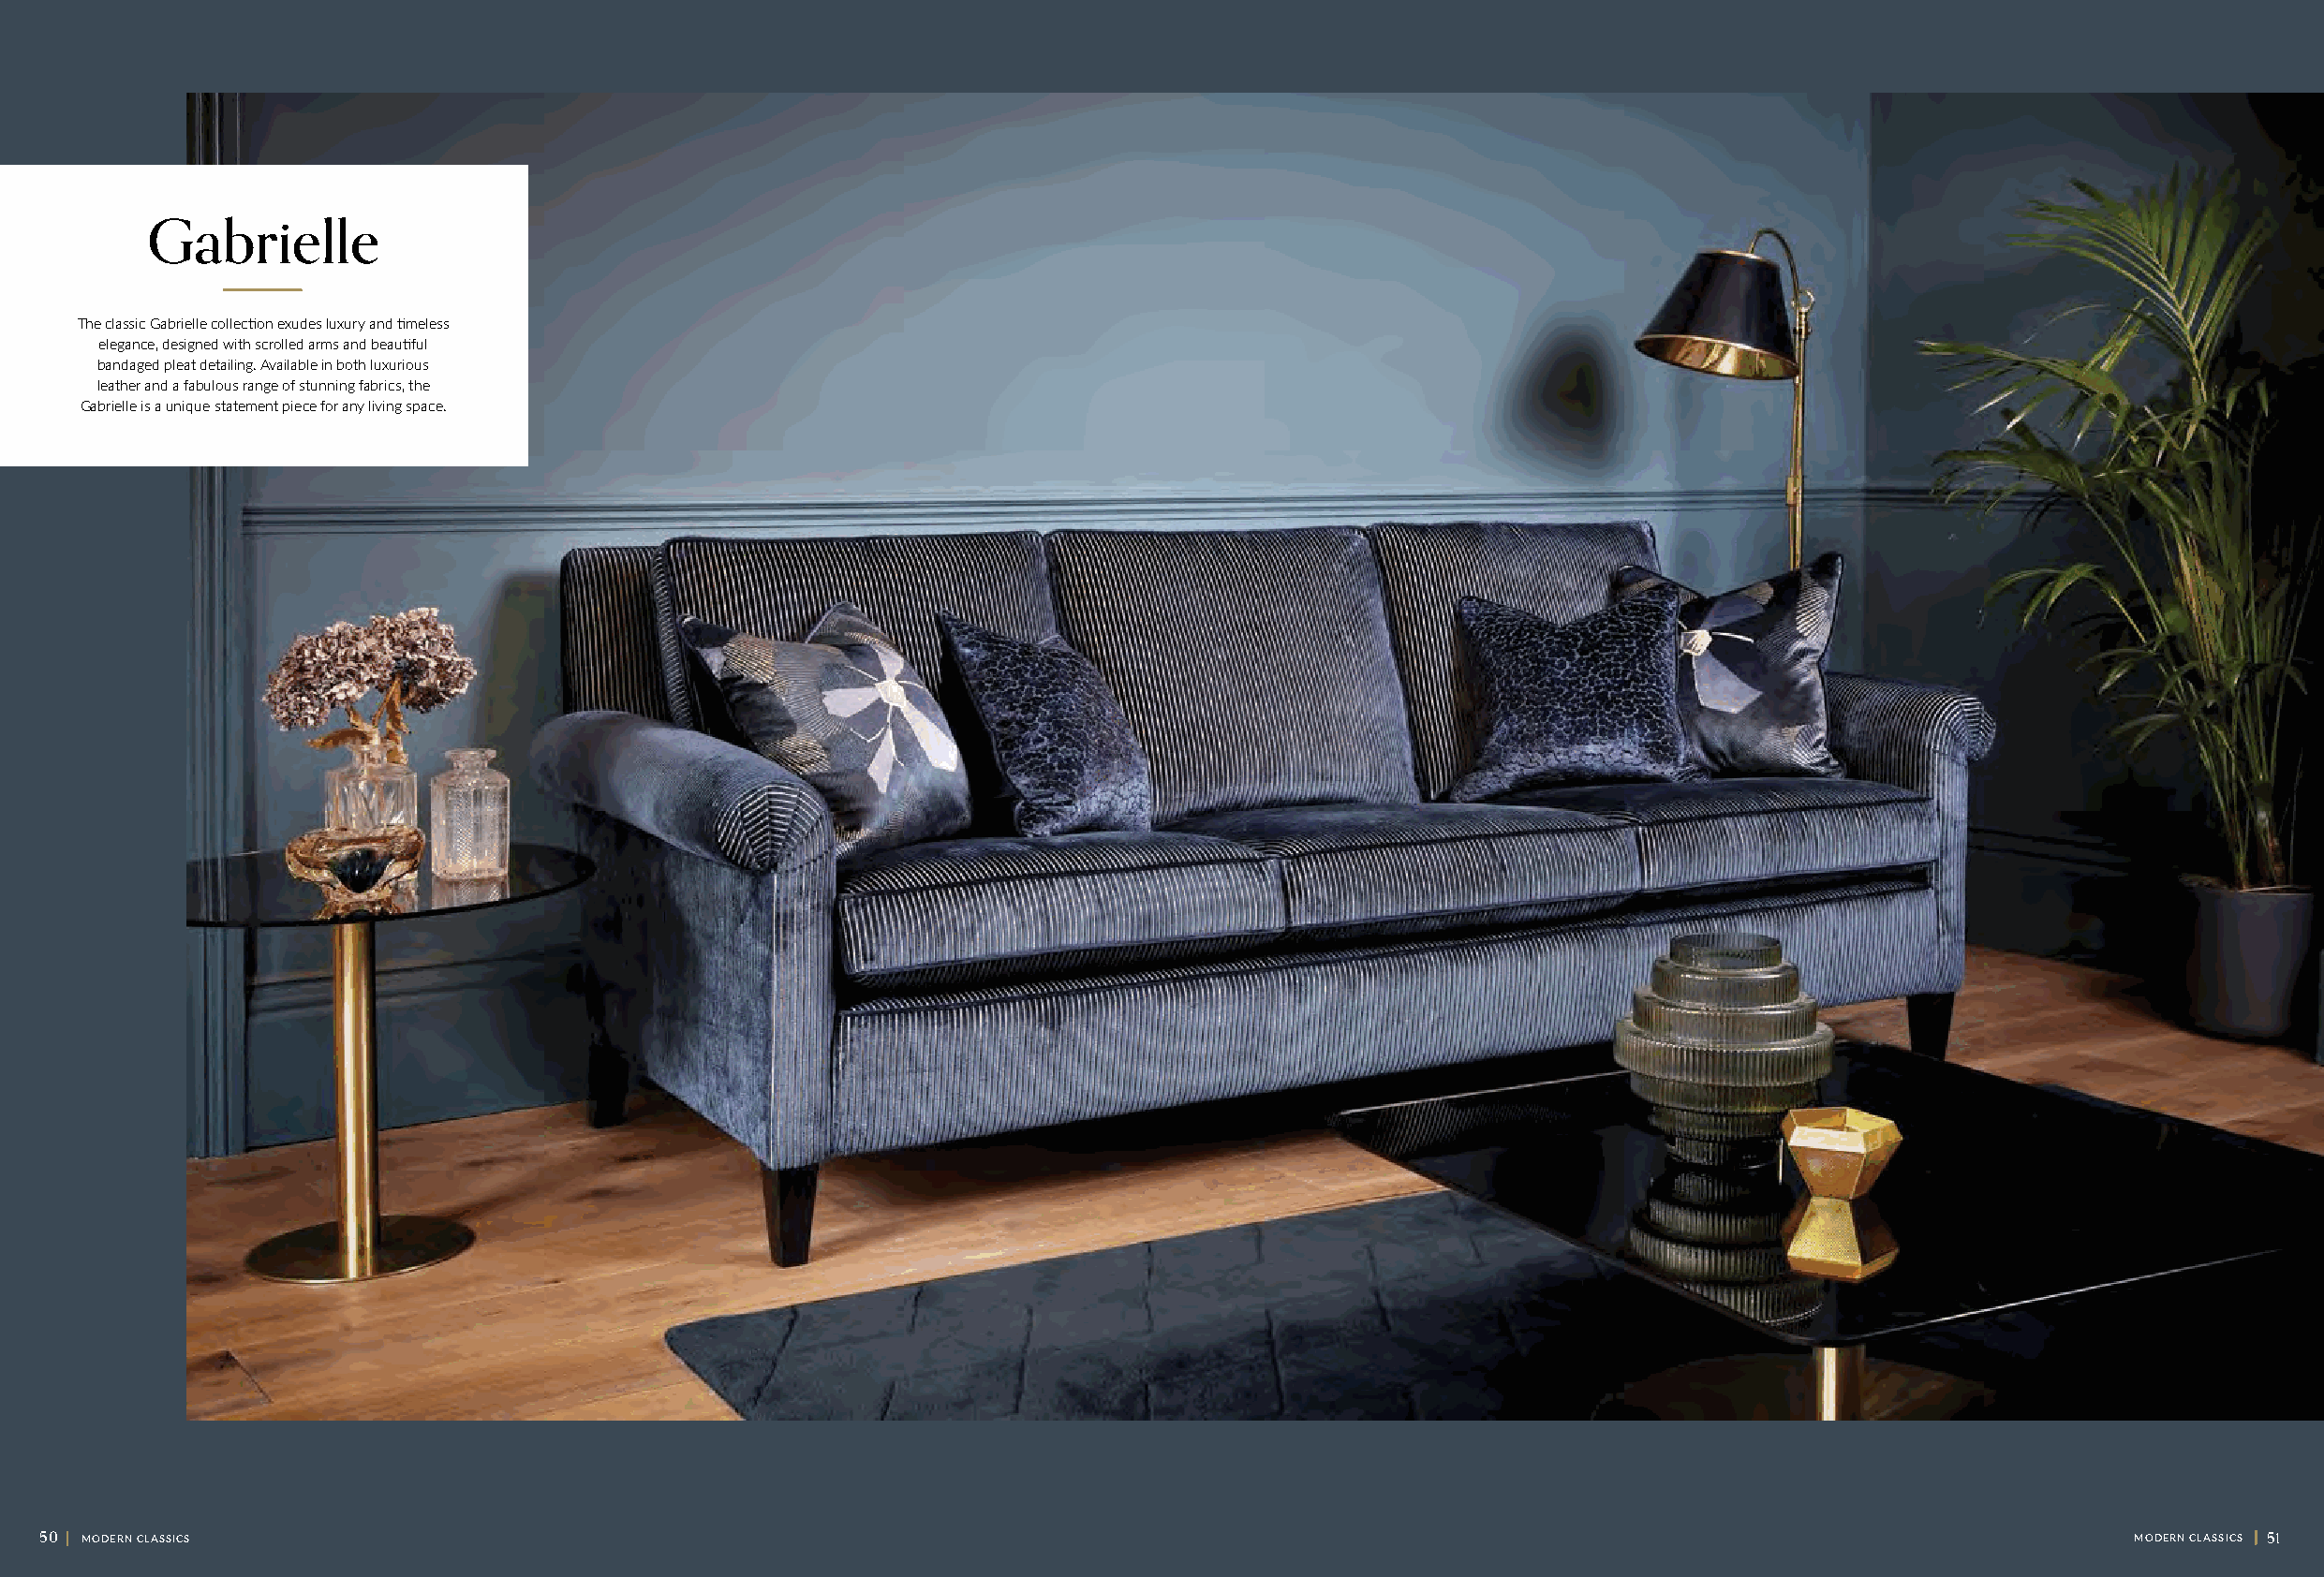
Gabrielle
 The classic Gabrielle collection exudes luxury and timeless
 elegance, designed with scrolled arms and beautiful
 bandaged pleat detailing. Available in both luxurious
 leather and a fabulous range of stunning fabrics, the
 Gabrielle is a unique statement piece for any living space.
 50 || MODERN CLASSICS                                                                                                                               MODERN CLASSICS || 51